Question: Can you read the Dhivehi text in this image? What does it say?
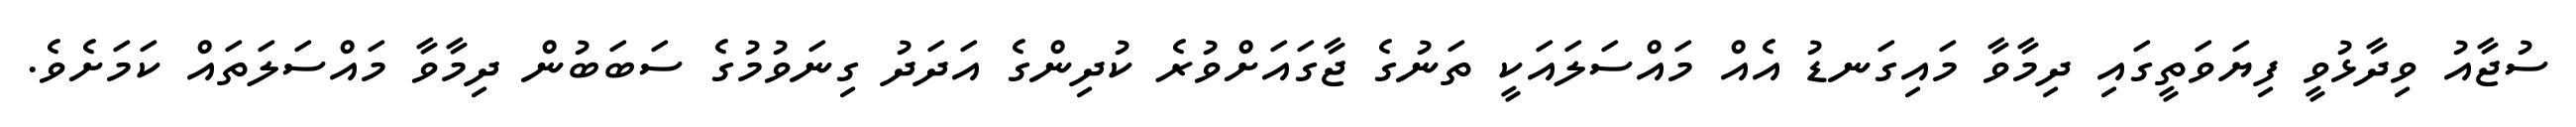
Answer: ސުޖާއު ވިދާޅުވީ ފިޔަވަތީގައި ދިމާވާ މައިގަނޑު އެއް މައްސަލައަކީ ތަނުގެ ޖާގައަށްވުރެ ކުދިންގެ އަދަދު ގިނަވުމުގެ ސަބަބުން ދިމާވާ މައްސަލަތައް ކަމަށެވެ.